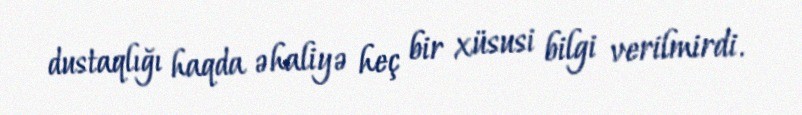
dustaqlığı haqda əhaliyə heç bir xüsusi bilgi verilmirdi.